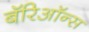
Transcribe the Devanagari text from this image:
बॅरिऑन्स